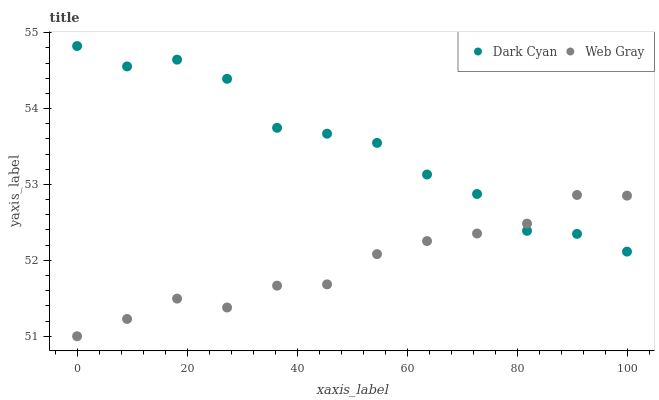
| xaxis_label | Dark Cyan | Web Gray |
 | --- | --- | --- |
 | 0 | 54.8 | 51 |
 | 9.09 | 54.6 | 51.2 |
 | 18.2 | 54.6 | 51.5 |
 | 27.3 | 54.4 | 51.4 |
 | 36.4 | 53.7 | 51.7 |
 | 45.5 | 53.7 | 51.7 |
 | 54.5 | 53.5 | 52.1 |
 | 63.6 | 53.1 | 52.3 |
 | 72.7 | 52.9 | 52.4 |
 | 81.8 | 52.4 | 52.5 |
 | 90.9 | 52.3 | 52.9 |
 | 100 | 52.1 | 52.9 |